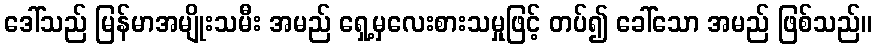
ဒေါ်သည် မြန်မာအမျိုးသမီး အမည် ရှေ့မှလေးစားသမှုဖြင့် တပ်၍ ခေါ်သော အမည် ဖြစ်သည်။